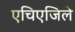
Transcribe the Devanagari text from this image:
एचिएजिले